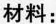
材料：